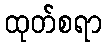
ထုတ်စရာ